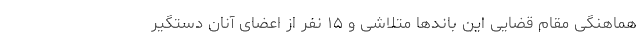
هماهنگی مقام قضایی این باندها متلاشی و ۱۵ نفر از اعضای آنان دستگیر